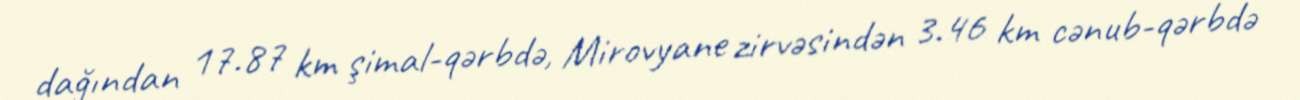
dağından 17.87 km şimal-qərbdə, Mirovyane zirvəsindən 3.46 km cənub-qərbdə